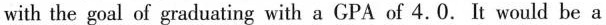
with the goal of graduating with a GPA of 4.0. It would be a